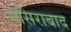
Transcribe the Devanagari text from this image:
नसिराबाद